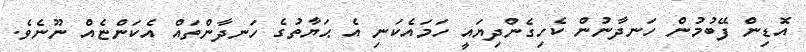
އޮޑިން ފޭބުމުން ހަނދާނުން ކެހިގެންދިޔައީ ހަމައެކަނި އެ ޙަޔާތުގެ ހަނދާންތައް އެކަންޏެއް ނޫނެވެ.